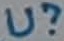
Text: U?